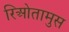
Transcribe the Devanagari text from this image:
रिओतामुस